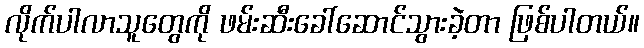
လိုက်ပါလာသူတွေကို ဖမ်းဆီးခေါ်ဆောင်သွားခဲ့တာ ဖြစ်ပါတယ်။